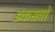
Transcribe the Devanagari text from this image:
इकसपो